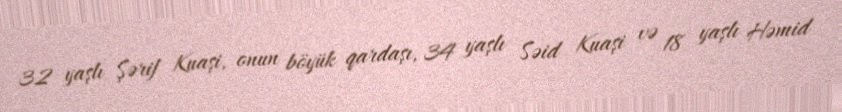
32 yaşlı Şərif Kuaşi, onun böyük qardaşı, 34 yaşlı Səid Kuaşi və 18 yaşlı Həmid